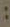
: